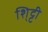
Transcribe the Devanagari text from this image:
शि्ट्टी